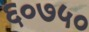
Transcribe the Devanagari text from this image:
६०७५०